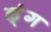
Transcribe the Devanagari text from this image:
ढ्ंग